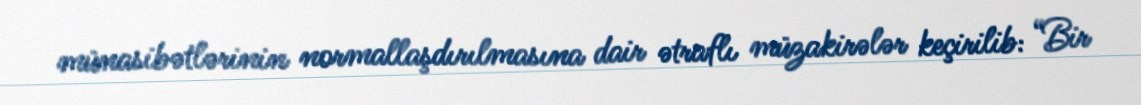
münasibətlərinin normallaşdırılmasına dair ətraflı müzakirələr keçirilib: “Bir